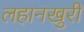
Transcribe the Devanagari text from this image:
लहानखुरी